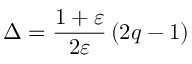
\Delta = \frac { 1 + \varepsilon } { 2 \varepsilon } \left( 2 q - 1 \right)